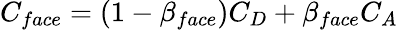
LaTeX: \begin{array}{r}{C_{face}=\left(1-\beta_{face}\right)C_{D}+\beta_{face}C_{A}}\end{array}